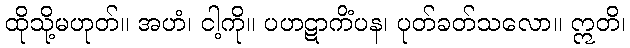
ထိုသို့မဟုတ်။ အဟံ၊ ငါ့ကို။ ပဟဋာကိံပန၊ ပုတ်ခတ်သလော။ ဣတိ၊